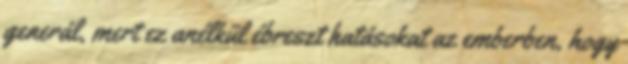
generál, mert ez anélkül ébreszt hatásokat az emberben, hogy